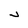
Character: v